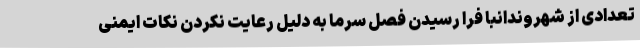
تعدادی از شهروندانبا فرا رسیدن فصل سرما به دلیل رعایت نکردن نکات ایمنی